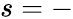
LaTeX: s=-